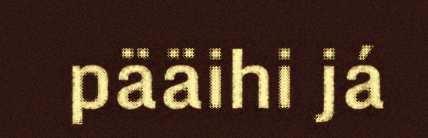
pääihi já